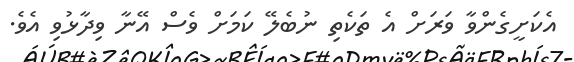
އެކަށީގެންވާ ވަރަށް އެ ތަކެތި ނުބެލޭ ކަމަށް ވެސް އޭނާ ވިދާޅުވި އެވެ.